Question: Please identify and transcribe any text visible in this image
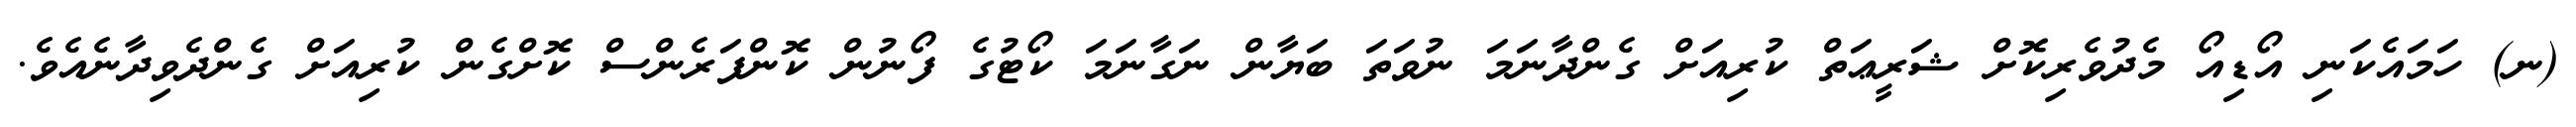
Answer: (ނ) ހަމައެކަނި އޯޑިއޯ މެދުވެރިކޮށް ޝަރީޢަތް ކުރިއަށް ގެންދާނަމަ ނުވަތަ ބަޔާން ނަގާނަމަ ކޯޓުގެ ފޯނުން ކޮންފަރެންސް ކޮށްގެން ކުރިއަށް ގެންދެވިދާނެއެވެ.